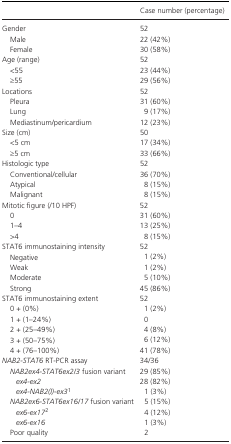
<table><thead><tr><td></td><td><b>Case number (percentage)</b></td></tr></thead><tbody><tr><td>Gender</td><td>52</td></tr><tr><td>Male</td><td>22 (42%)</td></tr><tr><td>Female</td><td>30 (58%)</td></tr><tr><td>Age (range)</td><td>52</td></tr><tr><td>&lt;55</td><td>23 (44%)</td></tr><tr><td>≥55</td><td>29 (56%)</td></tr><tr><td>Locations</td><td>52</td></tr><tr><td>Pleura</td><td>31 (60%)</td></tr><tr><td>Lung</td><td>9 (17%)</td></tr><tr><td>Mediastinum/pericardium</td><td>12 (23%)</td></tr><tr><td>Size (cm)</td><td>50</td></tr><tr><td>&lt;5 cm</td><td>17 (34%)</td></tr><tr><td>≥5 cm</td><td>33 (66%)</td></tr><tr><td>Histologic type</td><td>52</td></tr><tr><td>Conventional/cellular</td><td>36 (70%)</td></tr><tr><td>Atypical</td><td>8 (15%)</td></tr><tr><td>Malignant</td><td>8 (15%)</td></tr><tr><td>Mitotic figure (/10 HPF)</td><td>52</td></tr><tr><td>0</td><td>31 (60%)</td></tr><tr><td>1–4</td><td>13 (25%)</td></tr><tr><td>&gt;4</td><td>8 (15%)</td></tr><tr><td>STAT6 immunostaining intensity</td><td>52</td></tr><tr><td>Negative</td><td>1 (2%)</td></tr><tr><td>Weak</td><td>1 (2%)</td></tr><tr><td>Moderate</td><td>5 (10%)</td></tr><tr><td>Strong</td><td>45 (86%)</td></tr><tr><td>STAT6 immunostaining extent</td><td>52</td></tr><tr><td>0 + (0%)</td><td>1 (2%)</td></tr><tr><td>1 + (1–24%)</td><td>0</td></tr><tr><td>2 + (25–49%)</td><td>4 (8%)</td></tr><tr><td>3 + (50–75%)</td><td>6 (12%)</td></tr><tr><td>4 + (76–100%)</td><td>41 (78%)</td></tr><tr><td><i>NAB2‐STAT6</i> RT‐PCR assay</td><td>34/36</td></tr><tr><td><i>NAB2ex4‐STAT6ex2/3</i> fusion variant</td><td>29 (85%)</td></tr><tr><td><i>ex4‐ex2</i></td><td>28 (82%)</td></tr><tr><td><i>ex4‐NAB2(I)‐ex3</i>a</td><td>1 (3%)</td></tr><tr><td><i>NAB2ex6‐STAT6ex16/17</i> fusion variant</td><td>5 (15%)</td></tr><tr><td><i>ex6‐ex17</i>b</td><td>4 (12%)</td></tr><tr><td><i>ex6‐ex16</i></td><td>1 (3%)</td></tr><tr><td>Poor quality</td><td>2</td></tr></tbody></table>